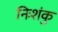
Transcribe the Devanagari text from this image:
निःशंकु